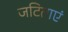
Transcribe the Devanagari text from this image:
जटिताएं